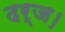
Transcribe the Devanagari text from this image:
दर्ज।